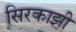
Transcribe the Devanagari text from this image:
सिरकाझी